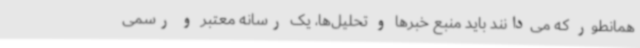
همانطور که می‌دانند باید منبع خبرها و تحلیل‌ها، یک رسانه معتبر و رسمی